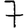
Digit: 7